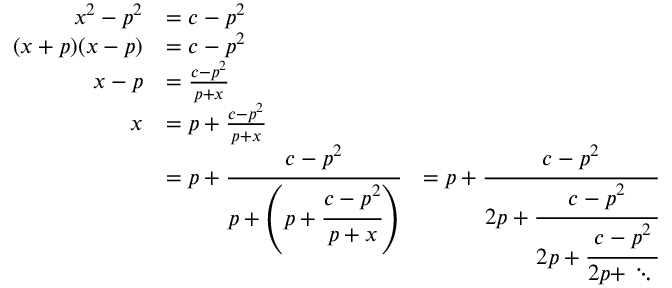
{ \begin{array} { r l r } { x ^ { 2 } - p ^ { 2 } } & { = c - p ^ { 2 } } \\ { ( x + p ) ( x - p ) } & { = c - p ^ { 2 } } \\ { x - p } & { = { \frac { c - p ^ { 2 } } { p + x } } } \\ { x } & { = p + { \frac { c - p ^ { 2 } } { p + x } } } \\ & { = p + { \cfrac { c - p ^ { 2 } } { p + \left( p + { \cfrac { c - p ^ { 2 } } { p + x } } \right) } } } & { = p + { \cfrac { c - p ^ { 2 } } { 2 p + { \cfrac { c - p ^ { 2 } } { 2 p + { \cfrac { c - p ^ { 2 } } { 2 p + \ddots \, } } } } } } \, } \end{array} }